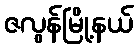
ဇလွန်မြို့နယ်